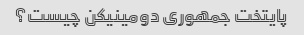
پایتخت جمهوری دومینیکن چیست؟